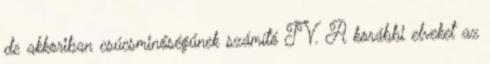
de akkoriban csúcsminőségűnek számító TV. A korábbi elveket az